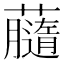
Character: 𧃚